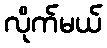
လိုက်မယ်